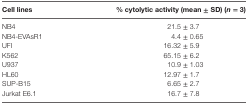
<table><thead><tr><td><b>Cell lines</b></td><td><b>% cytolytic activity (mean ± SD) (<i>n</i> = 3)</b></td></tr></thead><tbody><tr><td>NB4</td><td>21.5 ± 3.7</td></tr><tr><td>NB4-EVAsR1</td><td>4.4 ± 0.65</td></tr><tr><td>UFI</td><td>16.32 ± 5.9</td></tr><tr><td>K562</td><td>65.15 ± 6.2</td></tr><tr><td>U937</td><td>10.9 ± 1.03</td></tr><tr><td>HL60</td><td>12.97 ± 1.7</td></tr><tr><td>SUP-B15</td><td>6.65 ± 2.7</td></tr><tr><td>Jurkat E6.1</td><td>16.7 ± 7.8</td></tr></tbody></table>